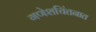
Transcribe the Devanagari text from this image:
गणेशचिंतनात